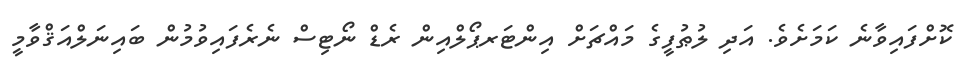
ކޮށްފައިވާނެ ކަމަށެވެ. އަދި ލުޠުފީގެ މައްޗަށް އިންޓަރޕޯލްއިން ރެޑް ނޯޓިސް ނެރެފައިވުމުން ބައިނަލްއަޤްވާމީ